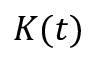
K ( t )